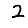
Digit: 2